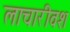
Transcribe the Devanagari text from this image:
लाचारीवश